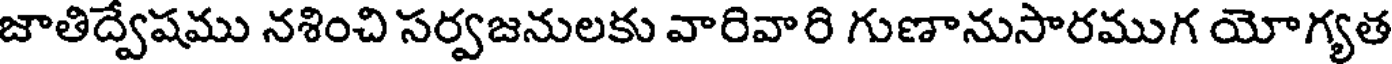
జాతిద్వేషము నశించి సర్వజనులకు వారివారి గుణానుసారముగ యోగ్యత